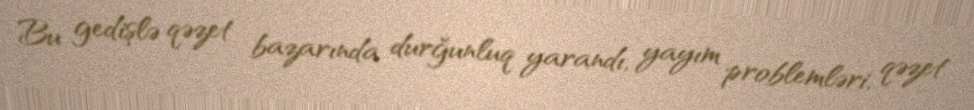
Bu gedişlə qəzet bazarında durğunluq yarandı, yayım problemləri, qəzet